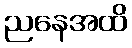
ညနေအထိ